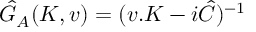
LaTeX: \hat { G } _ { A } ( K , v ) = ( v . K - i \hat { C } ) ^ { - 1 }